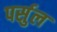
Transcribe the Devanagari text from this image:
पर्सुल